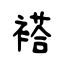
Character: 褡